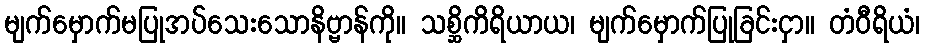
မျက်မှောက်မပြုအပ်သေးသောနိဗ္ဗာန်ကို။ သစ္ဆိကိရိယာယ၊ မျက်မှောက်ပြုခြင်းငှာ။ တံဝီရိယံ၊